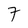
Character: 7